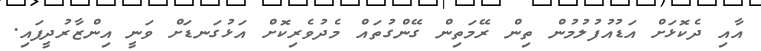
އާއި ދެކޮޅަށް އަޑުއުފުލުމުން ތިން ރޭމަތިން ގޭންގުތައް މެދުވެރިކޮށް އަޅުގަނޑަށް ވަނީ އިންޒާރުދީފައި.